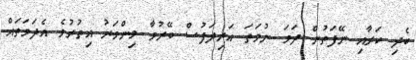
ބެދި ކަރާއި ނޭފަތުން ދަވަ ނުވަތަ އަރިދަފުސް ބޭރުވާ މިންވަރު އިތުރުވެ އެދަވަތައް